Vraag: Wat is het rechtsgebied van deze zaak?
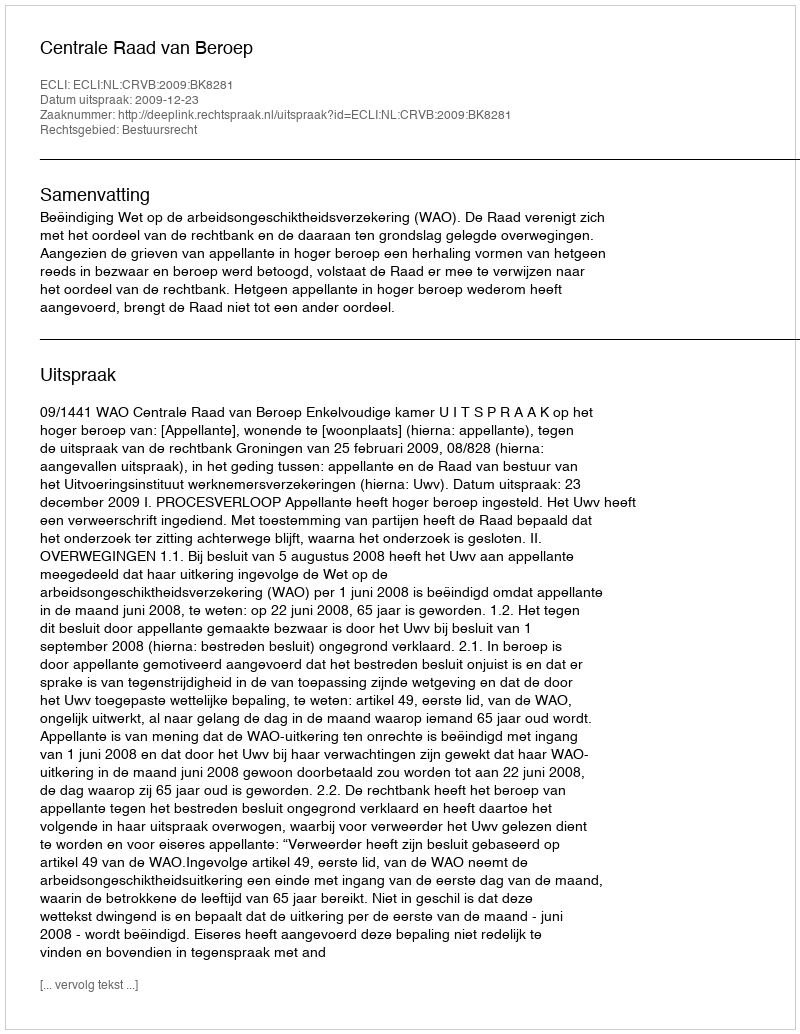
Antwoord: Bestuursrecht